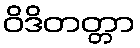
ဝိဒိတတ္တာ